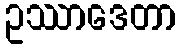
ဥဿာဒေတာ